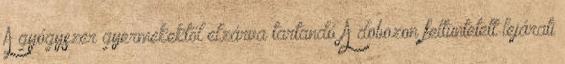
A gyógyszer gyermekektől elzárva tartandó A dobozon feltüntetett lejárati